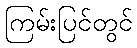
ကြမ်းပြင်တွင်